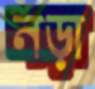
নড়া